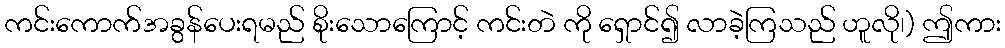
ကင်းကောက်အခွန်ပေးရမည် စိုးသောကြောင့် ကင်းတဲ ကို ရှောင်၍ လာခဲ့ကြသည် ဟူလို၊) ဤကား